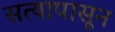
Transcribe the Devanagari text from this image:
सत्यापासून